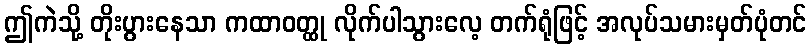
ဤကဲသို့ တိုးပွားနေသာ ကထာဝတ္ထု လိုက်ပါသွားလေ့ တက်ရုံဖြင့် အလုပ်သမားမှတ်ပုံတင်